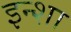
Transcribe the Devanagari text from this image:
इन्शा